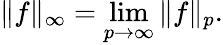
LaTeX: \| f\| _{\infty}=\operatorname*{lim}_{p\to\infty}\| f\| _{p}.